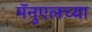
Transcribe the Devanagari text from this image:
मॅनुएलच्या